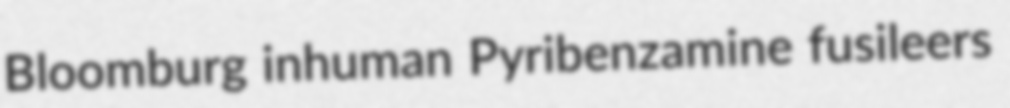
Bloomburg inhuman Pyribenzamine fusileers